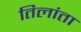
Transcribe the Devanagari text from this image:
तिलांता